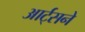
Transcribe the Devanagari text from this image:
आर्ट्‌सने